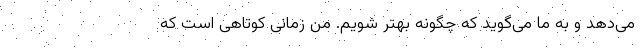
می‌دهد و به ما می‌گوید که چگونه بهتر شویم. من زمانی کوتاهی است که